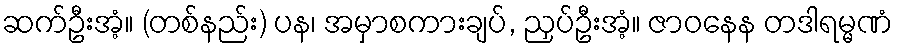
ဆက်ဦးအံ့။ (တစ်နည်း) ပန၊ အမှာစကားချပ်, ညှပ်ဦးအံ့။ ဇာဝနေန တဒါရမ္မဏံ